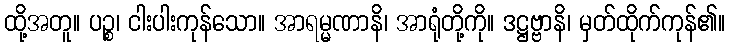
ထို့အတူ။ ပဉ္စ၊ ငါးပါးကုန်သော။ အာရမ္မဏာနိ၊ အာရုံတို့ကို။ ဒဋ္ဌဗ္ဗာနိ၊ မှတ်ထိုက်ကုန်၏။